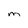
Character: M